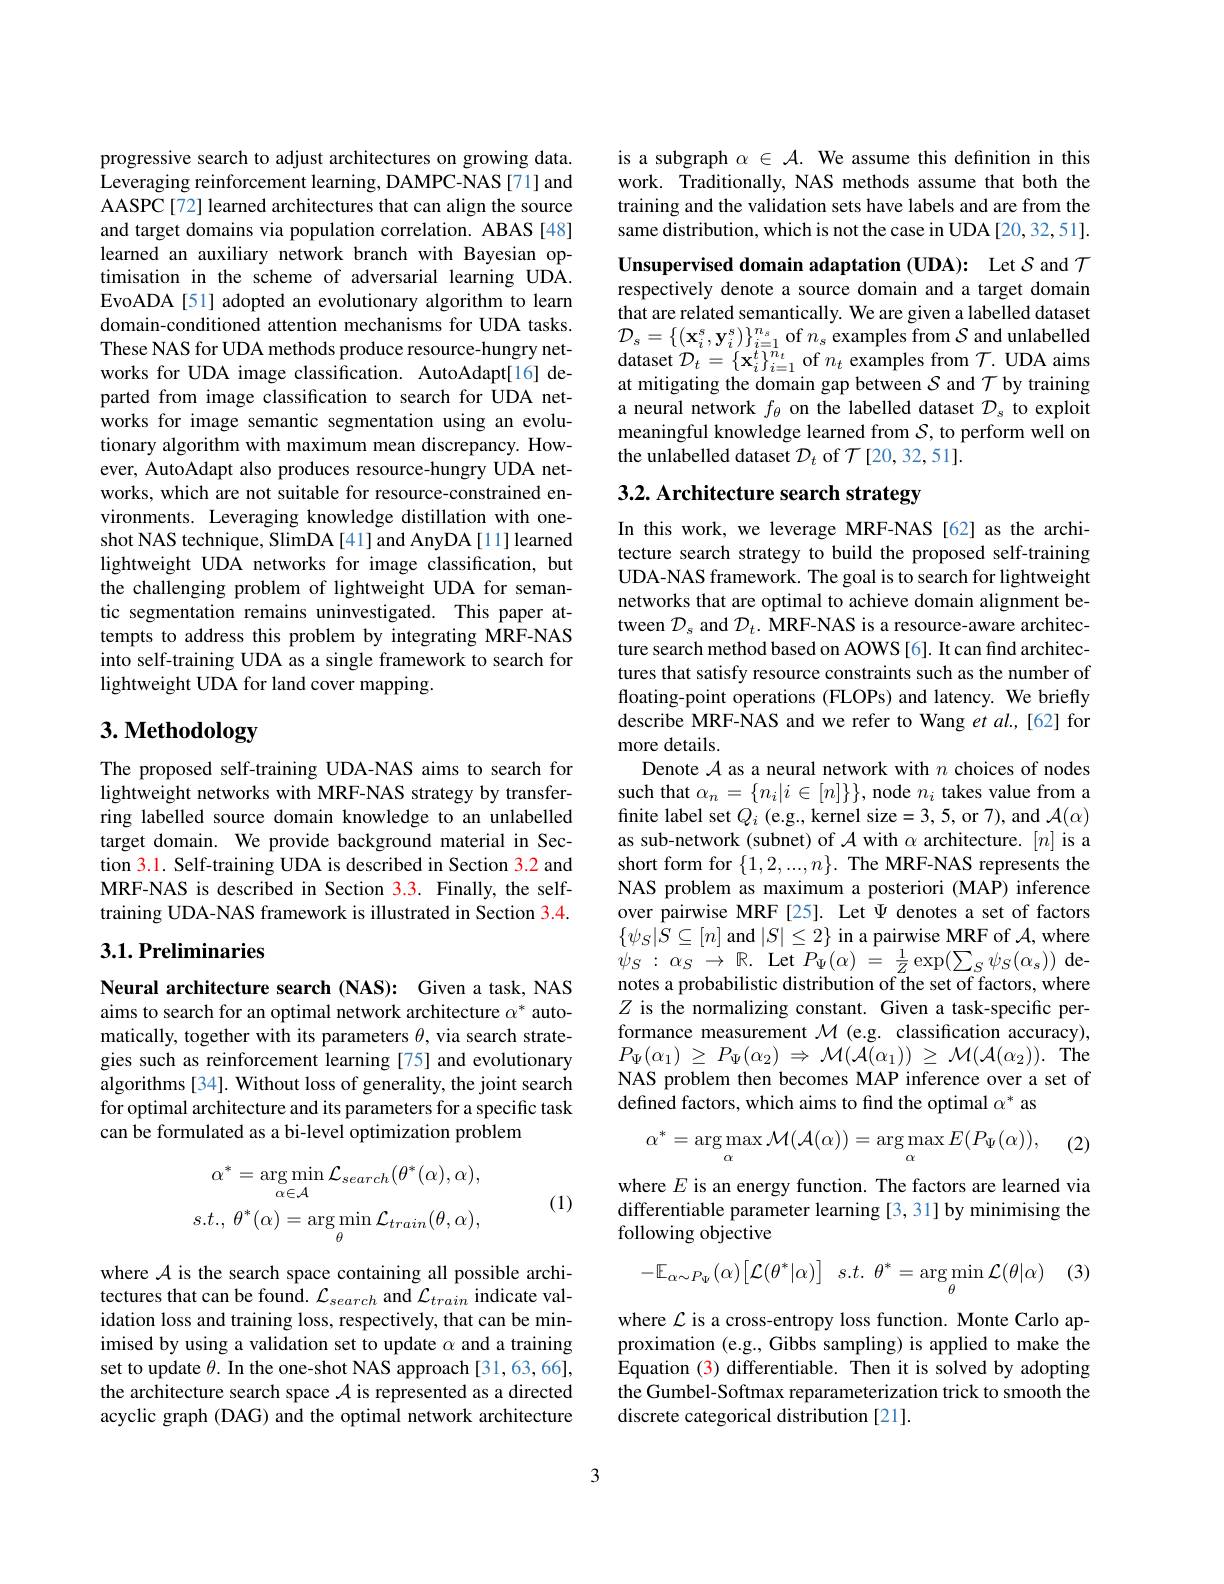
progressive search to adjust architectures on growing data. Leveraging reinforcement learning, DAMPC-NAS[71] and AASPC[72] learned architectures that can align the source and target domains via population correlation. ABAS[48] learned an auxiliary network branch with Bayesian optimisation in the scheme of adversarial learning UDA. EvoADA[51] adopted an evolutionary algorithm to learn domain-conditioned attention mechanisms for UDA tasks. These NAS for UDA methods produce resource-hungry networks for UDA image classification. AutoAdapt[16] departed from image classification to search for UDA networks for image semantic segmentation using an evolutionary algorithm with maximum mean discrepancy. However, AutoAdapt also produces resource-hungry UDA networks, which are not suitable for resource-constrained environments. Leveraging knowledge distillation with oneshot NAS technique, SlimDA[41] and AnyDA[11] learned lightweight UDA networks for image classification, but the challenging problem of lightweight UDA for semantic segmentation remains uninvestigated. This paper attempts to address this problem by integrating MRF-NAS into self-training UDA as a single framework to search for lightweight UDA for land cover mapping.

# 3. Methodology

The proposed self-training UDA-NAS aims to search for lightweight networks with MRF-NAS strategy by transferring labelled source domain knowledge to an unlabelled target domain. We provide background material in Section 3.1. Self-training UDA is described in Section 3.2 and MRF-NAS is described in Section 3.3. Finally, the selftraining UDA-NAS framework is illustrated in Section 3.4.

## 3.1. Preliminaries

Neural architecture search (NAS): Given a task, NAS aims to search for an optimal network architecture $\alpha^*$ automatically, together with its parameters $\theta$, via search strategies such as reinforcement learning [75] and evolutionary algorithms [34]. Without loss of generality, the joint search for optimal architecture and its parameters for a specific task can be formulated as a bi-level optimization problem
$$\alpha^{*}=\arg\min_{\alpha\in\mathcal{A}}\mathcal{L}_{search}(\theta^{*}(\alpha),\alpha),\\s.t.,\:\theta^{*}(\alpha)=\arg\min_{\theta}\mathcal{L}_{train}(\theta,\alpha),$$
(1)

where $\mathcal{A}$ is the search space containing all possible architectures that can be found. $\mathcal{L}_{search}$ and $\mathcal{L}_{train}$ indicate validation loss and training loss, respectively, that can be minimised by using a validation set to update $\alpha$ and a training set to update $\theta.$ In the one-shot NAS approach [31,63,66], the architecture search space $\mathcal{A}$ is represented as a directed acyclic graph (DAG) and the optimal network architecture

is a subgraph $\alpha\in\mathcal{A}.$ We assume this defnition in this work. Traditionally, NAS methods assume that both the training and the validation sets have labels and are from the same distribution, which is not the case in UDA[20,32,51]. Unsupervised domain adaptation (UDA): Let $S$ and $\mathcal{T}$ respectively denote a source domain and a target domain that are related semantically. We are given a labelled dataset $\mathcal{D}_{s}=\{(\mathbf{x}_{i}^{\mathrm{s}},\mathbf{y}_{i}^{\mathrm{s}})\}_{i=1}^{n_{s}}$ of $n_s$ examples from $\mathcal{S}$ and unlabelled $\operatorname*{dataset}\mathcal{D}_{t}=\left\{\mathbf{x}_{i}^{t}\right\}_{i=1}^{n_{t}}$of$n_{t}$ examples from$\mathcal{T}.$UDA aims at mitigating the domain gap between $\mathcal{S}$ and $\mathcal{T}$ by training a neural network $f_\theta$ on the labelled dataset $\mathcal{D}_s$ to exploit meaningful knowledge learned from $\mathcal{S}$, to perform well on the unlabelled dataset $\mathcal{D}_t$ of $\mathcal{T}[20,32,51].$

3.2. Architecture search strategy

In this work, we leverage MRF-NAS [62] as the architecture search strategy to build the proposed self-training UDA-NAS framework. The goal is to search for lightweight networks that are optimal to achieve domain alignment between $\mathcal{D}_s$ and $\mathcal{D}_t.$ MRF-NAS is a resource-aware architecture search method based on AOWS [6]. It can find architectures that satisfy resource constraints such as the number of floating-point operations (FLOPs) and latency. We briefly describe MRF-NAS and we refer to Wang et $al.,[62]$ for more details
Denote $\mathcal{A}$ as a neural network with $n$ choices of nodes such that $\alpha_n=\{n_i|i\in[n]\}\}$, node $n_i$ takes value from a finite label set $Q_i$ (e.g., kernel size=3, 5, or 7), and $\mathcal{A}(\alpha)$ as sub-network (subnet) of $\mathcal{A}$ with $\alpha$ architecture. $[n]$ is a short form for $\{1,2,...,n\}.$ The MRF-NAS represents the NAS problem as maximum a posteriori (MAP) inference over pairwise MRF[25]. Let $\Psi$ denotes a set of factors $\{\psi_{S}|S\subseteq[n]$ and $|S|\leq2\}$ in a pairwise MRF of $\mathcal{A}$,where $\psi_{S}:\alpha_{S}\to\mathbb{R}.$ Let $P_{\Psi}(\alpha)~=~\frac1Z\exp(\sum_{S}\psi_{S}(\alpha_{s}))$ de notes a probabilistic distribution of the set of factors, where $Z$ is the normalizing constant. Given a task-specific performance measurement $\mathcal{M}$ (e.g. classification accuracy), $P_{\Psi }( \alpha _{1})$ $\geq$ $P_{\Psi }( \alpha _{2})$ $\Rightarrow$ $\mathcal{M} ( {\mathcal{A} }( \alpha _{1}) )$ $\geq$ $\mathcal{M} ( {\mathcal{A} }( \alpha _{2}) ) .$ The NAS problem then becomes MAP inference over a set of defined factors, which aims to find the optimal $\alpha^*$ as
$$\alpha^{*}=\arg\max_{\alpha}\mathcal{M}(\mathcal{A}(\alpha))=\arg\max_{\alpha}E(P_{\Psi}(\alpha)),$$
(2)

where $E$ is an energy function. The factors are learned via differentiable parameter learning [3, 31] by minimising the following objective

(3)
$$-\mathbb{E}_{\alpha\sim P_{\Psi}}(\alpha)\big[\mathcal{L}(\theta^{*}|\alpha)\big]\:s.t.\:\theta^{*}=\arg\min_{\theta}\mathcal{L}(\theta|\alpha)$$
where $\mathcal{L}$ is a cross-entropy loss function. Monte Carlo approximation (e.g., Gibbs sampling) is applied to make the Equation (3) differentiable. Then it is solved by adopting the Gumbel-Softmax reparameterization trick to smooth the discrete categorical distribution [21].

3